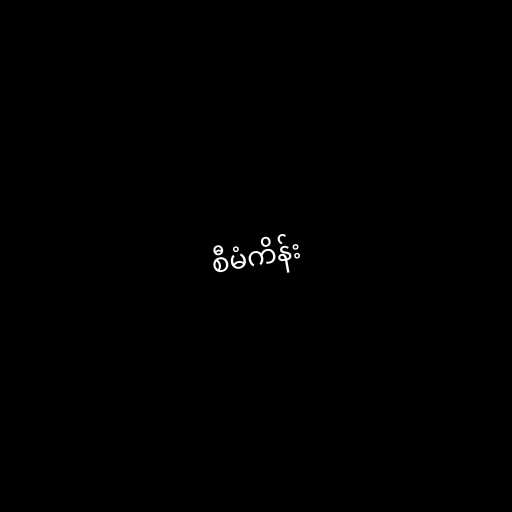
စီမံကိန်း